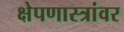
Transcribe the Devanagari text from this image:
क्षेपणास्त्रांवर